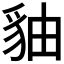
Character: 𧲹